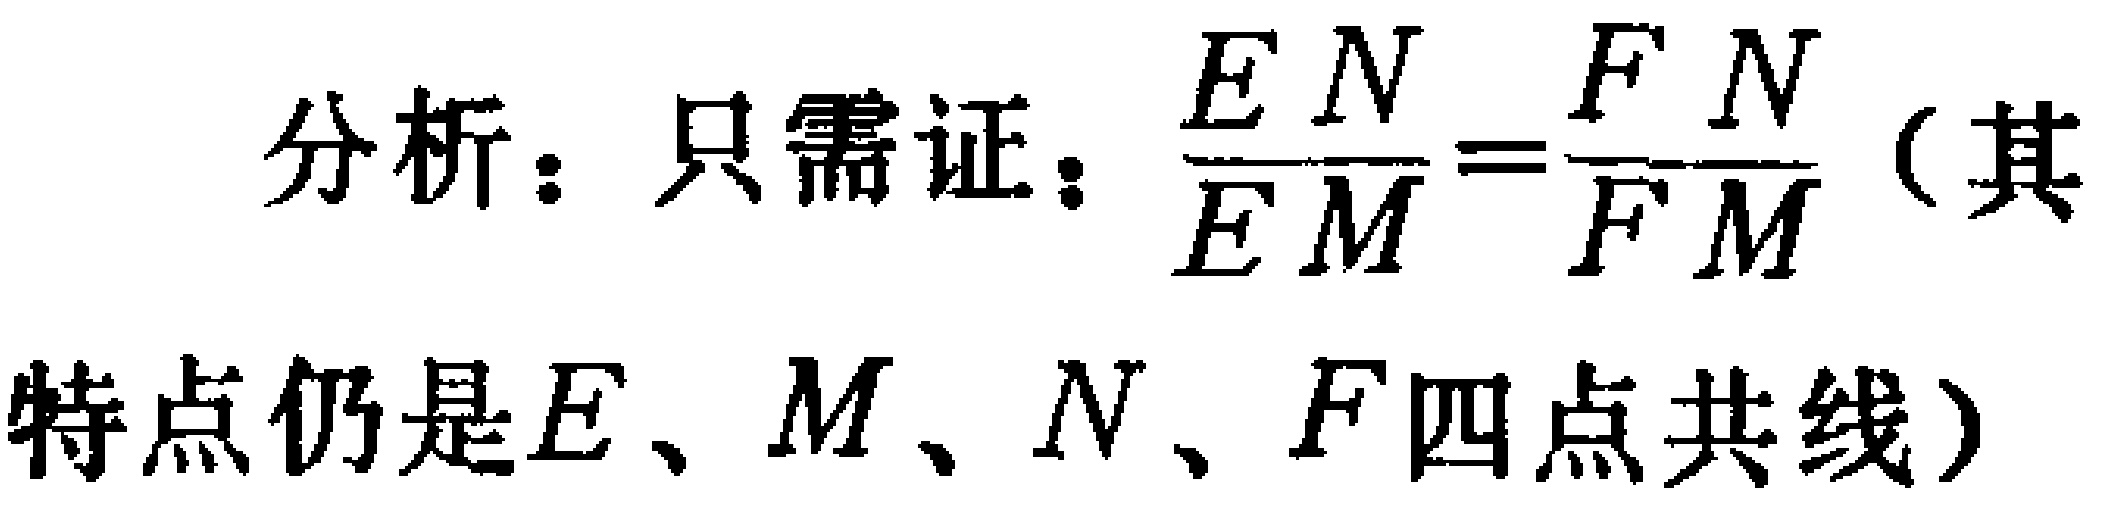
分析：只需证：$\frac{EN}{EM}=\frac{FN}{FM}$（其
特点仍是$E、M、N、F$四点共线）